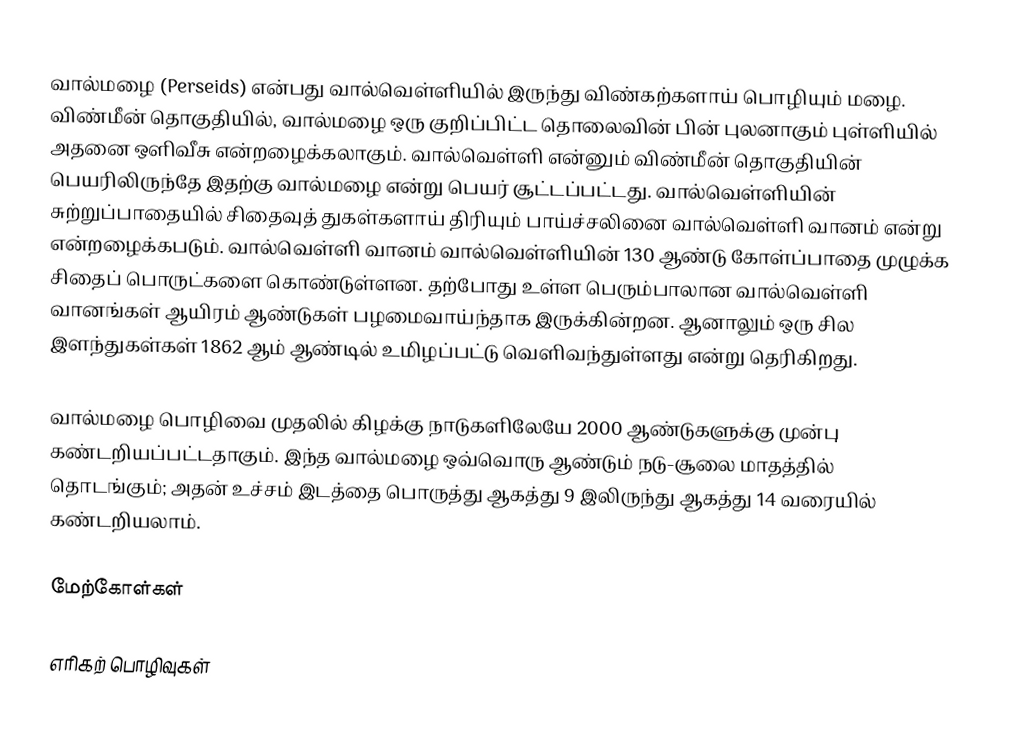
வால்மழை (Perseids) என்பது வால்வெள்ளியில் இருந்து விண்கற்களாய் பொழியும் மழை. விண்மீன் தொகுதியில், வால்மழை ஒரு குறிப்பிட்ட தொலைவின் பின் புலனாகும் புள்ளியில் அதனை ஒளிவீசு என்றழைக்கலாகும். வால்வெள்ளி என்னும் விண்மீன் தொகுதியின் பெயரிலிருந்தே இதற்கு வால்மழை என்று பெயர் சூட்டப்பட்டது. வால்வெள்ளியின் சுற்றுப்பாதையில் சிதைவுத் துகள்களாய் திரியும் பாய்ச்சலினை வால்வெள்ளி வானம் என்று என்றழைக்கபடும். வால்வெள்ளி வானம் வால்வெள்ளியின் 130 ஆண்டு கோள்ப்பாதை முழுக்க சிதைப் பொருட்களை கொண்டுள்ளன. தற்போது உள்ள பெரும்பாலான வால்வெள்ளி வானங்கள் ஆயிரம் ஆண்டுகள் பழமைவாய்ந்தாக இருக்கின்றன. ஆனாலும் ஒரு சில இளந்துகள்கள் 1862 ஆம் ஆண்டில் உமிழப்பட்டு வெளிவந்துள்ளது என்று தெரிகிறது.

வால்மழை பொழிவை முதலில் கிழக்கு நாடுகளிலேயே 2000 ஆண்டுகளுக்கு முன்பு கண்டறியப்பட்டதாகும். இந்த வால்மழை ஒவ்வொரு ஆண்டும் நடு-சூலை மாதத்தில் தொடங்கும்; அதன் உச்சம் இடத்தை பொருத்து ஆகத்து 9 இலிருந்து ஆகத்து 14 வரையில் கண்டறியலாம்.

மேற்கோள்கள்

எரிகற் பொழிவுகள்